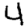
Digit: 4